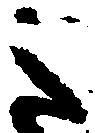
之